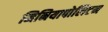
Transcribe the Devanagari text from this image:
मिनियापोलिटन